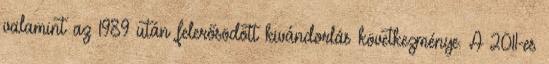
valamint az 1989 után felerősödött kivándorlás következménye. A 2011-es